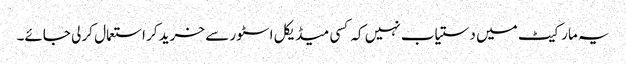
یہ مارکیٹ میں دستیاب نہیں کہ کسی میڈیکل اسٹور سے خرید کر استعمال کر لی جائے۔